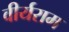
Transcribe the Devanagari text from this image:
वीर्यराम